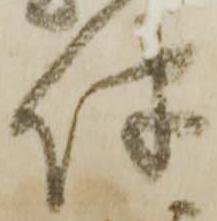
伴